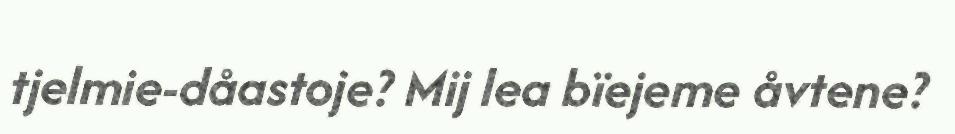
tjelmie-dåastoje? Mij lea bïejeme åvtene?